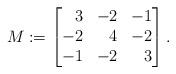
LaTeX: \begin{align*}M:=\begin{bmatrix*}[r]3 & -2 & -1\\-2 & 4 & -2\\-1 & -2 & 3\end{bmatrix*}.\end{align*}